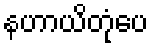
နဟာယိတုံပေ